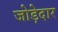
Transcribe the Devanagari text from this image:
जोड़ेदार